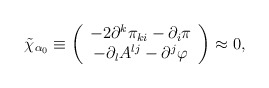
\begin{align*}\tilde{\chi}_{\alpha _{0}}\equiv \left( \begin{array}{c}-2\partial ^{k}\pi _{ki}-\partial _{i}\pi \\ -\partial _{l}A^{lj}-\partial ^{j}\varphi \end{array}\right) \approx 0, \end{align*}